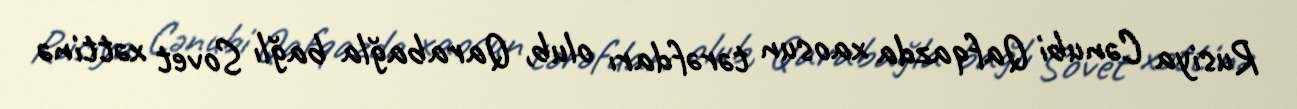
Rusiya Cənubi Qafqazda xaosun tərəfdarı olub, Qarabağla bağlı Sovet xəttinə